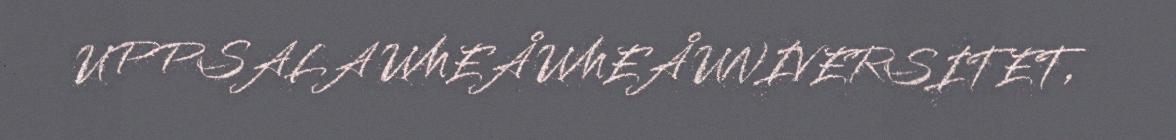
UPPSALA UMEÅ UMEÅ UNIVERSITET,